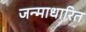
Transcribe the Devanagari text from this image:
जन्‍माधारित